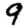
Digit: 9